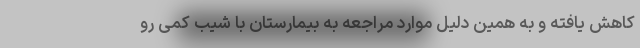
کاهش یافته و به همین دلیل موارد مراجعه به بیمارستان با شیب کمی رو